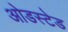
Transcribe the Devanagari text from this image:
ओडस्टेड